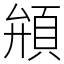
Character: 䪻